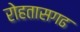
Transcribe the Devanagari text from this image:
रोहतासगढ